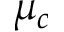
\mu _ { c }